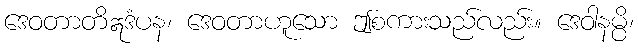
ဒေဝတာတိဣဒံပန၊ ဒေဝတာဟူသော ဤစကားသည်လည်း။ ဒေဝါနမ္ပိ၊